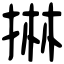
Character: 㨆